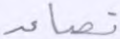
تصاعد